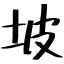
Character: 坡